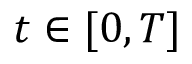
t \in [ 0 , T ]